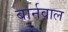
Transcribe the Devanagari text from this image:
बार्नवाल